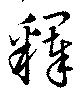
釋